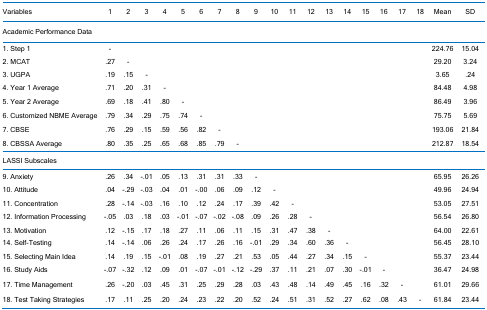
<table><thead><tr><td><b>Variables</b></td><td><b>1</b></td><td><b>2</b></td><td><b>3</b></td><td><b>4</b></td><td><b>5</b></td><td><b>6</b></td><td><b>7</b></td><td><b>8</b></td><td><b>9</b></td><td><b>10</b></td><td><b>11</b></td><td><b>12</b></td><td><b>13</b></td><td><b>14</b></td><td><b>15</b></td><td><b>16</b></td><td><b>17</b></td><td><b>18</b></td><td><b>Mean</b></td><td><b>SD</b></td></tr></thead><tbody><tr><td>Academic Performance Data</td><td></td><td></td><td></td><td></td><td></td><td></td><td></td><td></td><td></td><td></td><td></td><td></td><td></td><td></td><td></td><td></td><td></td><td></td><td></td><td></td></tr><tr><td>1. Step 1</td><td>-</td><td></td><td></td><td></td><td></td><td></td><td></td><td></td><td></td><td></td><td></td><td></td><td></td><td></td><td></td><td></td><td></td><td></td><td>224.76</td><td>15.04</td></tr><tr><td>2. MCAT</td><td>.27</td><td>-</td><td></td><td></td><td></td><td></td><td></td><td></td><td></td><td></td><td></td><td></td><td></td><td></td><td></td><td></td><td></td><td></td><td>29.20</td><td>3.24</td></tr><tr><td>3. UGPA</td><td>.19</td><td>.15</td><td>-</td><td></td><td></td><td></td><td></td><td></td><td></td><td></td><td></td><td></td><td></td><td></td><td></td><td></td><td></td><td></td><td>3.65</td><td>.24</td></tr><tr><td>4. Year 1 Average</td><td>.71</td><td>.20</td><td>.31</td><td>-</td><td></td><td></td><td></td><td></td><td></td><td></td><td></td><td></td><td></td><td></td><td></td><td></td><td></td><td></td><td>84.48</td><td>4.98</td></tr><tr><td>5. Year 2 Average</td><td>.69</td><td>.18</td><td>.41</td><td>.80</td><td>-</td><td></td><td></td><td></td><td></td><td></td><td></td><td></td><td></td><td></td><td></td><td></td><td></td><td></td><td>86.49</td><td>3.96</td></tr><tr><td>6. Customized NBME Average</td><td>.79</td><td>.34</td><td>.29</td><td>.75</td><td>.74</td><td>-</td><td></td><td></td><td></td><td></td><td></td><td></td><td></td><td></td><td></td><td></td><td></td><td></td><td>75.75</td><td>5.69</td></tr><tr><td>7. CBSE </td><td>.76</td><td>.29</td><td>.15</td><td>.59</td><td>.56</td><td>.82</td><td>-</td><td></td><td></td><td></td><td></td><td></td><td></td><td></td><td></td><td></td><td></td><td></td><td>193.06</td><td>21.84</td></tr><tr><td>8. CBSSA Average</td><td>.80</td><td>.35</td><td>.25</td><td>.65</td><td>.68</td><td>.85</td><td>.79</td><td>-</td><td></td><td></td><td></td><td></td><td></td><td></td><td></td><td></td><td></td><td></td><td>212.87</td><td>18.54</td></tr><tr><td>LASSI Subscales</td><td></td><td></td><td></td><td></td><td></td><td></td><td></td><td></td><td></td><td></td><td></td><td></td><td></td><td></td><td></td><td></td><td></td><td></td><td></td><td></td></tr><tr><td>9. Anxiety</td><td>.26</td><td>.34</td><td>-.01</td><td>.05</td><td>.13</td><td>.31</td><td>.31</td><td>.33</td><td>-</td><td></td><td></td><td></td><td></td><td></td><td></td><td></td><td></td><td></td><td>65.95</td><td>26.26</td></tr><tr><td>10. Attitude</td><td>.04</td><td>-.29</td><td>-.03</td><td>.04</td><td>.01</td><td>-.00</td><td>.06</td><td>.09</td><td>.12</td><td>-</td><td></td><td></td><td></td><td></td><td></td><td></td><td></td><td></td><td>49.96</td><td>24.94</td></tr><tr><td>11. Concentration</td><td>.28</td><td>-.14</td><td>-.03</td><td>.16</td><td>.10</td><td>.12</td><td>.24</td><td>.17</td><td>.39</td><td>.42</td><td>-</td><td></td><td></td><td></td><td></td><td></td><td></td><td></td><td>53.05</td><td>27.51</td></tr><tr><td>12. Information Processing</td><td>-.05</td><td>.03</td><td>.18</td><td>.03</td><td>-.01</td><td>-.07</td><td>-.02</td><td>-.08</td><td>.09</td><td>.26</td><td>.28</td><td>-</td><td></td><td></td><td></td><td></td><td></td><td></td><td>56.54</td><td>26.80</td></tr><tr><td>13. Motivation</td><td>.12</td><td>-.15</td><td>.17</td><td>.18</td><td>.27</td><td>.11</td><td>.06</td><td>.11</td><td>.15</td><td>.31</td><td>.47</td><td>.38</td><td>-</td><td></td><td></td><td></td><td></td><td></td><td>64.00</td><td>22.61</td></tr><tr><td>14. Self-Testing</td><td>.14</td><td>-.14</td><td>.06</td><td>.26</td><td>.24</td><td>.17</td><td>.26</td><td>.16</td><td>-.01</td><td>.29</td><td>.34</td><td>.60</td><td>.36</td><td>-</td><td></td><td></td><td></td><td></td><td>56.45</td><td>28.10</td></tr><tr><td>15. Selecting Main Idea</td><td>.14</td><td>.19</td><td>.15</td><td>-.01</td><td>.08</td><td>.19</td><td>.27</td><td>.21</td><td>.53</td><td>.05</td><td>.44</td><td>.27</td><td>.34</td><td>.15</td><td>-</td><td></td><td></td><td></td><td>55.37</td><td>23.44</td></tr><tr><td>16. Study Aids</td><td>-.07</td><td>-.32</td><td>.12</td><td>.09</td><td>.01</td><td>-.07</td><td>-.01</td><td>-.12</td><td>-.29</td><td>.37</td><td>.11</td><td>.21</td><td>.07</td><td>.30</td><td>-.01</td><td>-</td><td></td><td></td><td>36.47</td><td>24.98</td></tr><tr><td>17. Time Management</td><td>.26</td><td>-.20</td><td>.03</td><td>.45</td><td>.31</td><td>.25</td><td>.29</td><td>.28</td><td>.03</td><td>.43</td><td>.48</td><td>.14</td><td>.49</td><td>.45</td><td>.16</td><td>.32</td><td>-</td><td></td><td>61.01</td><td>29.66</td></tr><tr><td>18. Test Taking Strategies</td><td>.17</td><td>.11</td><td>.25</td><td>.20</td><td>.24</td><td>.23</td><td>.22</td><td>.20</td><td>.52</td><td>.24</td><td>.51</td><td>.31</td><td>.52</td><td>.27</td><td>.62</td><td>.08</td><td>.43</td><td>-</td><td>61.84</td><td>23.44</td></tr></tbody></table>